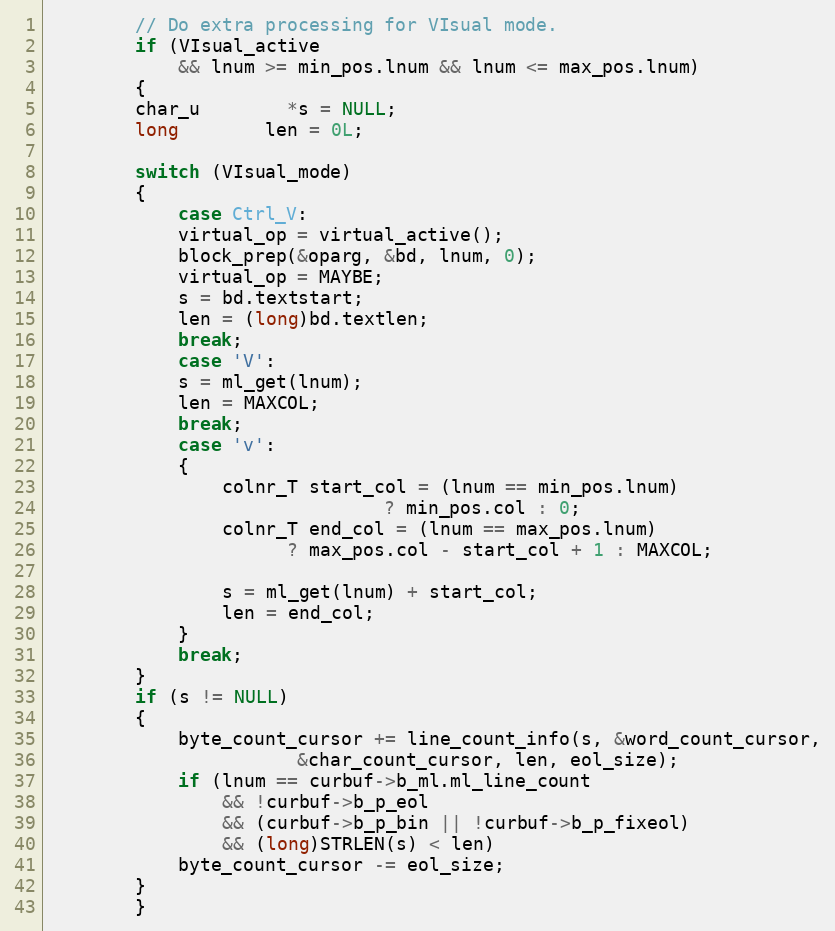
Language: C
	    // Do extra processing for VIsual mode.
	    if (VIsual_active
		    && lnum >= min_pos.lnum && lnum <= max_pos.lnum)
	    {
		char_u	    *s = NULL;
		long	    len = 0L;

		switch (VIsual_mode)
		{
		    case Ctrl_V:
			virtual_op = virtual_active();
			block_prep(&oparg, &bd, lnum, 0);
			virtual_op = MAYBE;
			s = bd.textstart;
			len = (long)bd.textlen;
			break;
		    case 'V':
			s = ml_get(lnum);
			len = MAXCOL;
			break;
		    case 'v':
			{
			    colnr_T start_col = (lnum == min_pos.lnum)
							   ? min_pos.col : 0;
			    colnr_T end_col = (lnum == max_pos.lnum)
				      ? max_pos.col - start_col + 1 : MAXCOL;

			    s = ml_get(lnum) + start_col;
			    len = end_col;
			}
			break;
		}
		if (s != NULL)
		{
		    byte_count_cursor += line_count_info(s, &word_count_cursor,
					   &char_count_cursor, len, eol_size);
		    if (lnum == curbuf->b_ml.ml_line_count
			    && !curbuf->b_p_eol
			    && (curbuf->b_p_bin || !curbuf->b_p_fixeol)
			    && (long)STRLEN(s) < len)
			byte_count_cursor -= eol_size;
		}
	    }